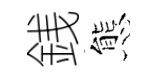
銭態